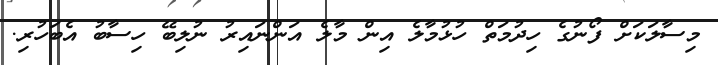
މިސާލަކަށް ފޯނުގެ ހިދުމަތް ހުޅުމާލެ އިން މާލެ އަންނައިރު ނުލިބޭ ހިސާބު އެބަހުރި.